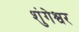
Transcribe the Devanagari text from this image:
शुंगेश्वर